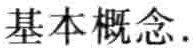
基本概念.